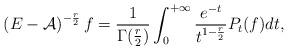
LaTeX: \begin{align*}\left(E-\mathcal{A} \right)^{-\frac{r}{2}} f = \frac{1}{\Gamma(\frac{r}{2})} \int_0^{+\infty} \dfrac{e^{-t}}{t^{1-\frac{r}{2}}} P_t(f) dt,\end{align*}